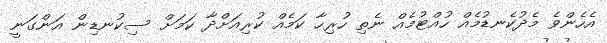
އެހެންވެ މެދުކެނޑުމެއް ހުއްޓުމެއް ނެތި ހުރިހާ ކަމެއް ކުރިއަށްދާ ކަމަށް ސިކުނޑިން އަންގަނީ